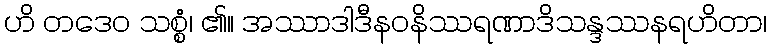
ဟိ တဒေဝ သစ္စံ၊ ၏။ အဿာဒါဒီနဝနိဿရဏာဒိသန္ဒဿနရဟိတာ၊